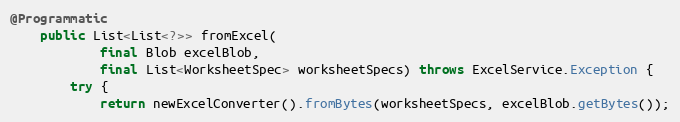
Language: Java
@Programmatic
    public List<List<?>> fromExcel(
            final Blob excelBlob,
            final List<WorksheetSpec> worksheetSpecs) throws ExcelService.Exception {
        try {
            return newExcelConverter().fromBytes(worksheetSpecs, excelBlob.getBytes());